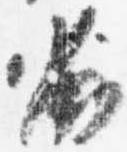
劣